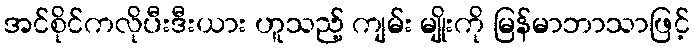
အင်စိုင်ကလိုပီးဒီးယား ဟူသည့် ကျမ်း မျိုးကို မြန်မာဘာသာဖြင့်